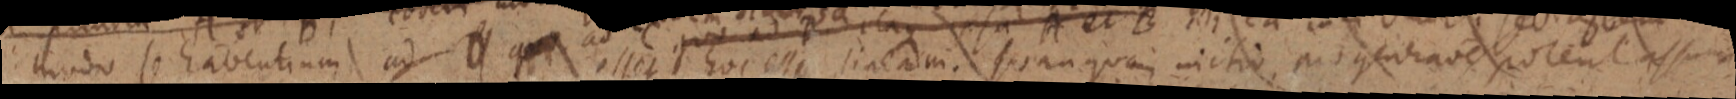
modo se habentum ad _ q esset hoc esse lineam. quam quam initio _ generare potent assumi